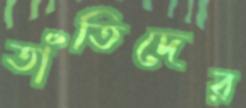
তাঁতিদের